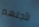
لأجلهم